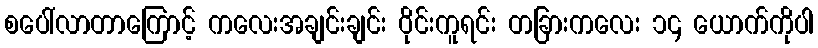
စပေါ်လာတာကြောင့် ကလေးအချင်းချင်း ဝိုင်းကူရင်း တခြားကလေး ၁၄ ယောက်ကိုပါ